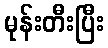
မုန်းတီးပြီး